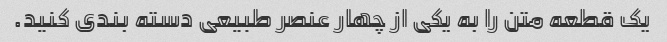
یک قطعه متن را به یکی از چهار عنصر طبیعی دسته بندی کنید.